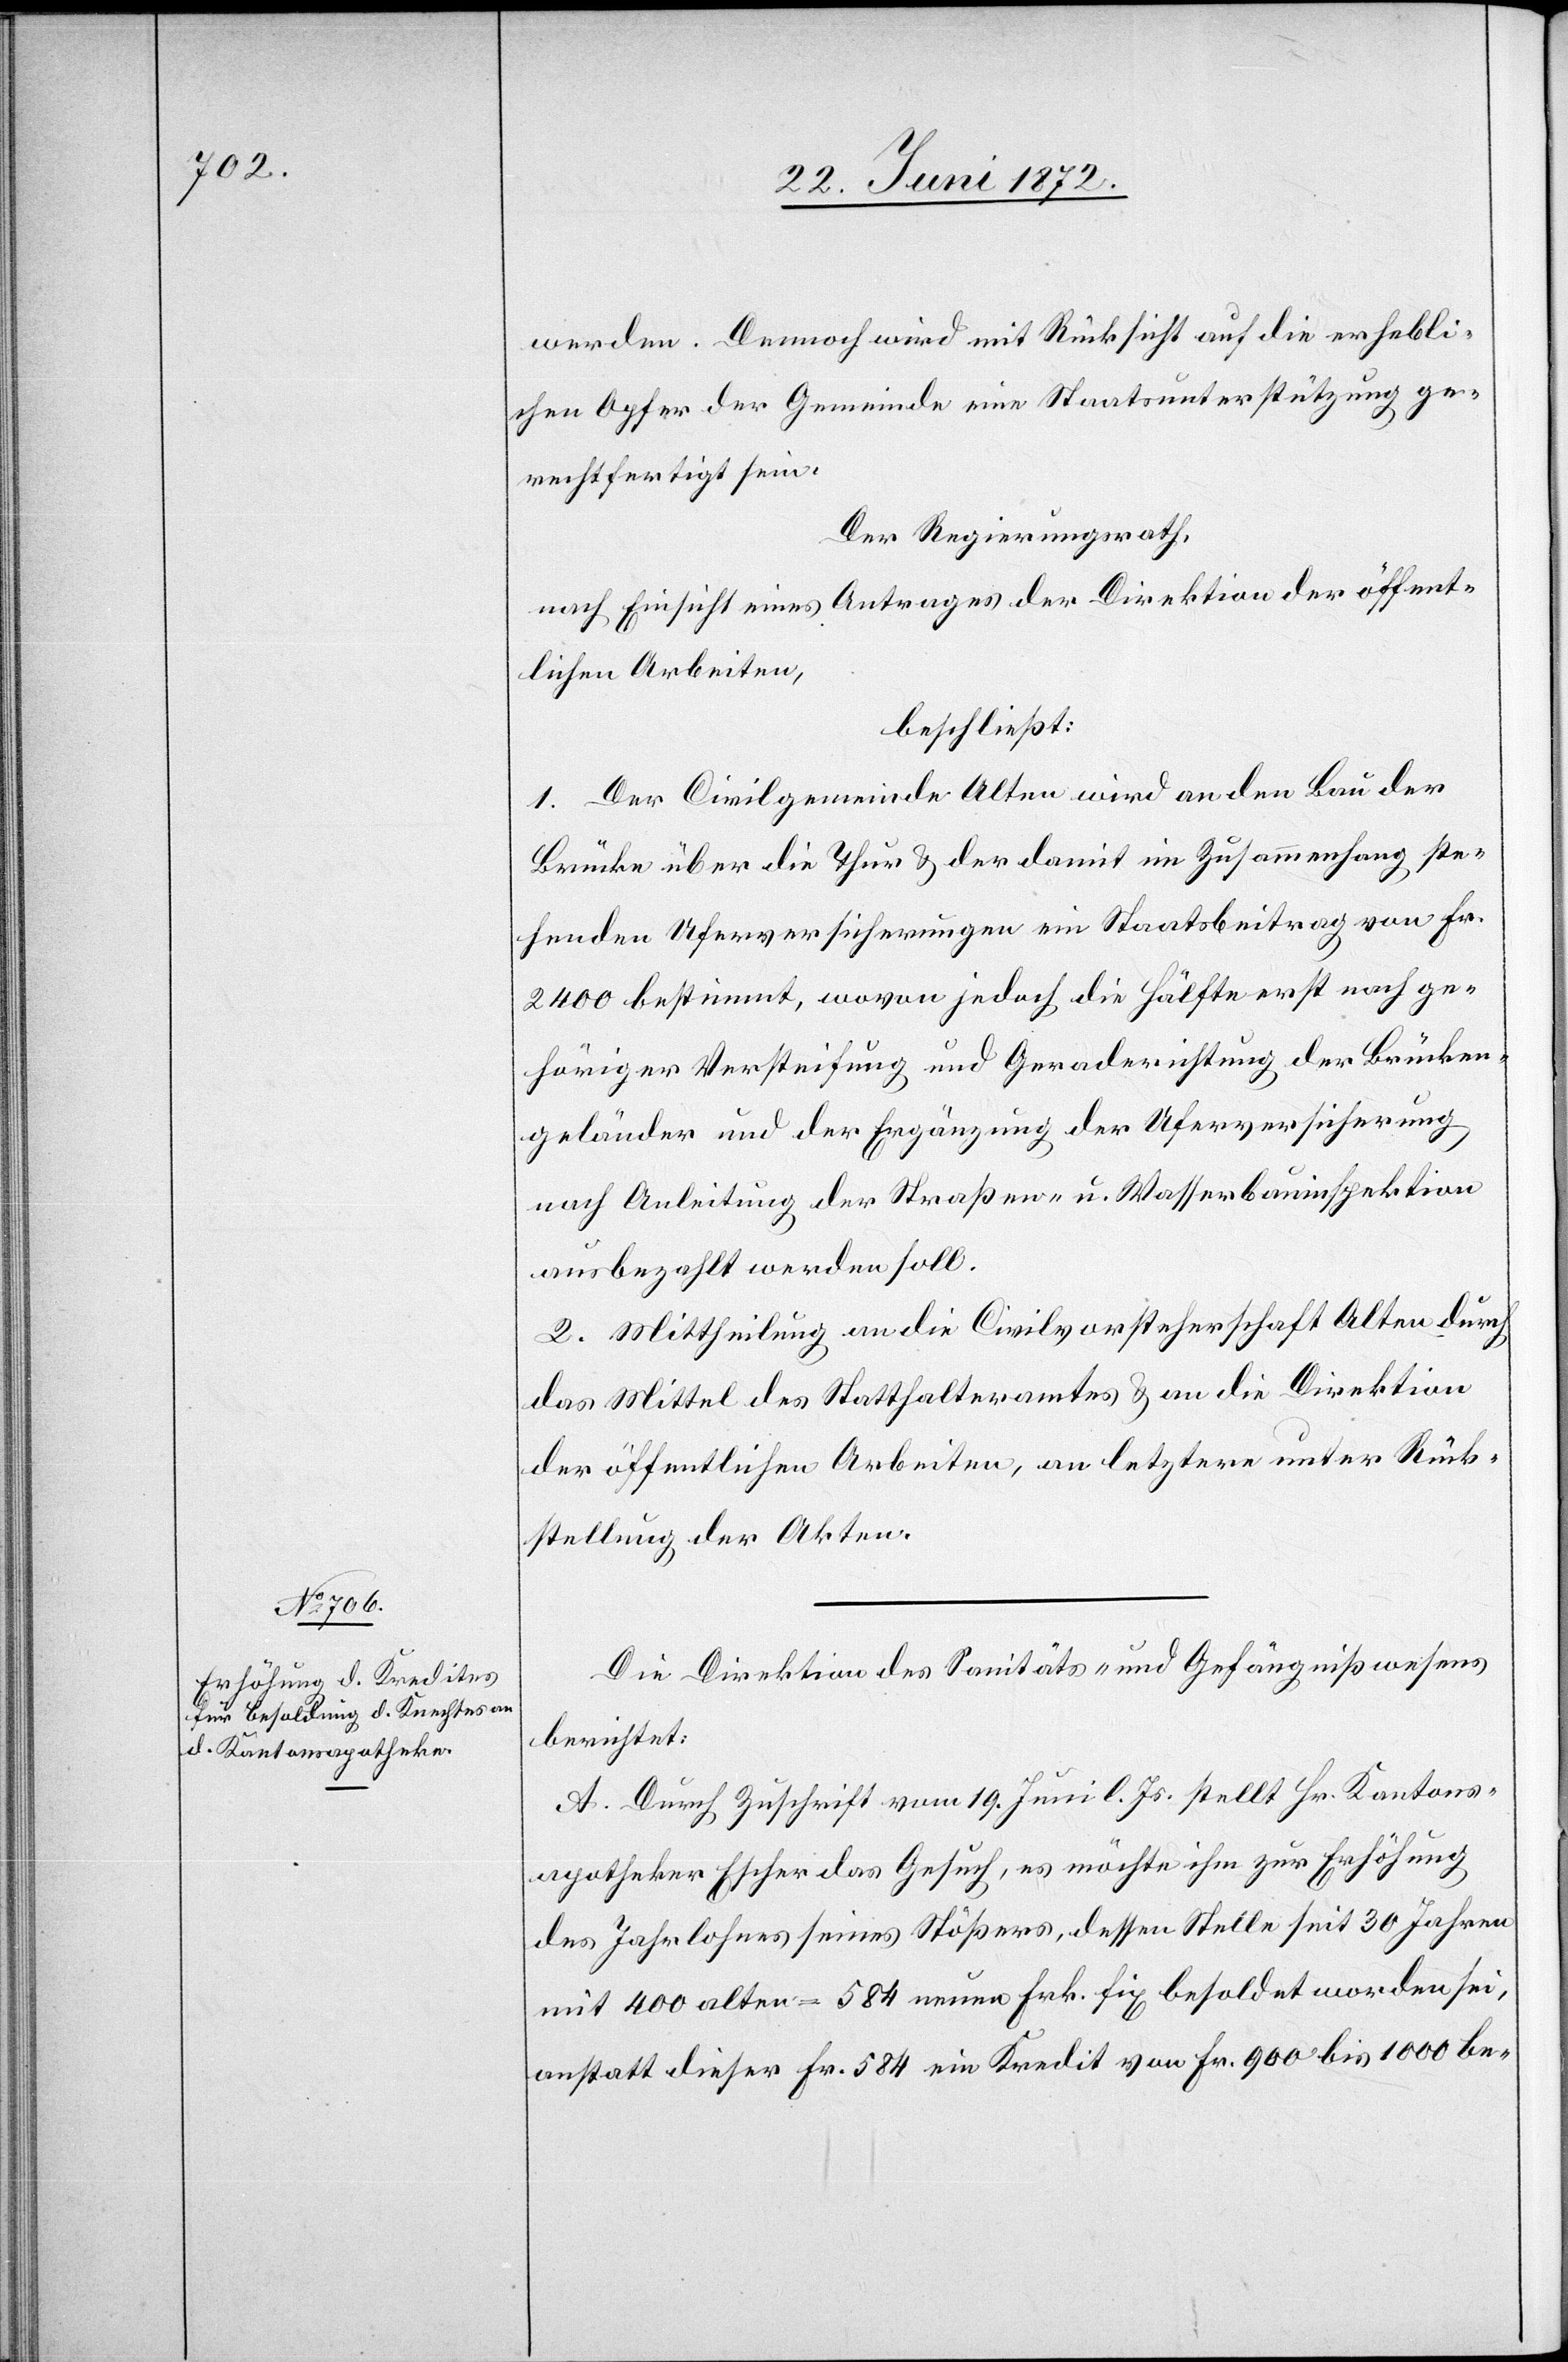
werden. Dennoch wird mit Rücksickt auf die erhebli¬
chen Opfer der Gemeinde eine Staatsunterstützung ge¬
rechtfertigt sein.
Der Regierungsrath,
nach Einsicht eines Antrages der Direktion der öffent¬
lichen Arbeiten,
beschließt:
1. Der Civilgemeinde Alten wird an den Bau der
Brücke über die Thur u. der damit im Zusammenhang ste¬
henden Uferversicherungen ein Staatsbeitrag von Fr.
2400 bestimmt, wovon jedoch die Hälfte erst nach ge¬
höriger Versteifung und Geraderichtung der Brücken¬
geländer und der Ergänzung der Uferversicherung
nach Anleitung der Straßen- u. Wasserbauinspektion
ausbezahlt werden soll.
2. Mittheilung an die Civilvorsteherschaft Alten durch
das Mittel des Statthalteramtes u. an die Direktion
der öffentlichen Arbeiten, an letztere unter Rück¬
stellung der Akten.
Die Direktion des Sanitäts- und Gefängnißwesens
berichtet:
A. Durch Zuschrift vom 19. Juni l. Js. stellt Hr. Kantons¬
apotheker Escher das Gesuch, es möchte ihm zur Erhöhung
des Jahrlohnes seines Stößers, dessen Stelle seit 30 Jahren
mit 400 alten = 584 neuen Frk. fix besoldet worden sei,
anstatt dieser Fr. 584 ein Kredit von Fr. 900 bis 1000 be-